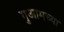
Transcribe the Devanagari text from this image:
गुआमच्या